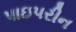
પાઇપરીન